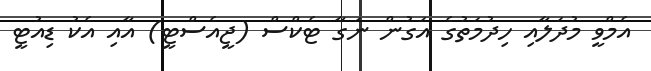
އެމްވީ މުދަލާއި ހިދުމަތުގެ އަގުން ނަގާ ޓެކްސް (ޖީއެސްޓީ) އާއި އެކު ޑިއުޓީ